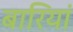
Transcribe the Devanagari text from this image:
बारियां